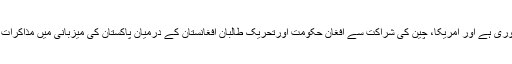
اس کے لیے دونوں جانب سے بیانات دیتے وقت احتیاط کرنا ضروری ہے اور امریکا، چین کی شراکت سے افغان حکومت اورتحریک طالبان افغانستان کے درمیان پاکستان کی میزبانی میں مذاکرات کا جو سلسلہ شروع ہوا تھا، اس کو ہر قیمت پر جاری رہنا چاہیے۔